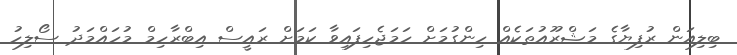
ބިލިއަން ރުފިޔާގެ މަޝްރޫއުތަކެއް ހިންގުމަށް ހަމަޖެހިފައިވާ ކަމަށް ރައީސް އިބްރާހިމް މުހައްމަދު ސޯލިހު